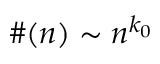
\# ( n ) \sim n ^ { k _ { 0 } }